Assam Mental Hospital (Tezpur, India) - 1933-1948
Year: 1933
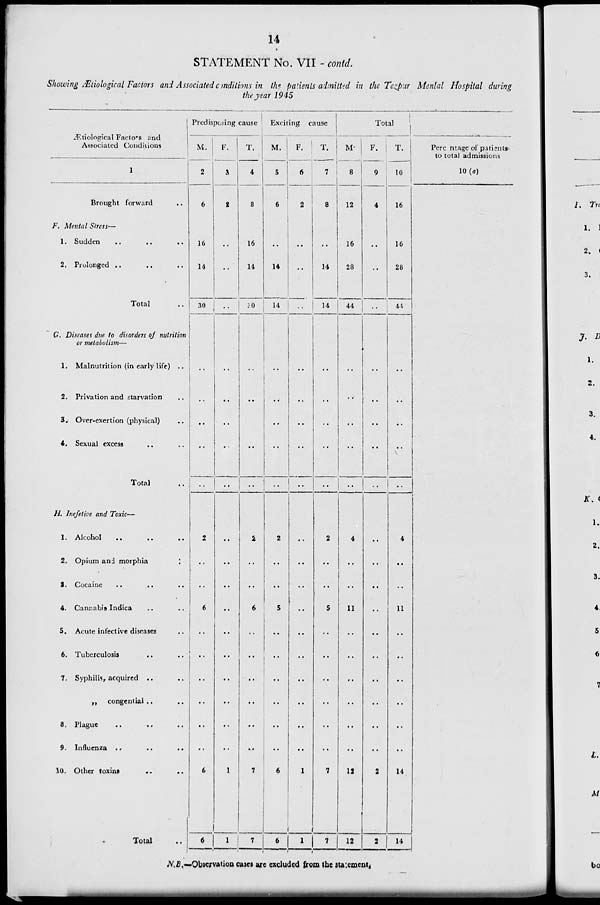
14
STATEMENT No. VII - contd.
Showing Ætiological Factors and Associated conditions in the patients admitted in the Tezpur Mental Hospital during
the year 1945
Æ
F.
G.
H.
Ætiological Factors and
Associated Conditions
Brought forward ..
Mental Stress—
1. Sudden .. .. ..
2. Prolonged .. .. ..
Total ..
Diseases due to disorders of nutrition
or metabolism—
1. Malnutrition (in early life) ..
2. Privation and starvation ..
3. Over-exertion (physical) ..
4. Sexual excess .. ..
Total ..
Inefetive and Toxic—
1. Alcohol
..
..
..
2. Opium and morphia ..
3. Cocaine .. .. ..
4. Cannabis Indica .. ..
5. Acute infective diseases ..
6. Tuberculosis .. ..
7. Syphilis, acquired .. ..
„
congential .. ..
8. Plague .. .. ..
9. Influenza .. .. ..
10. Other toxins .. ..
Total ..
Predisposing cause
M.
2
6
16
14
30
..
..
..
..
..
2
..
..
6
..
..
..
..
..
..
6
6
F.
3
2
..
..
..
..
..
..
..
..
..
..
..
..
..
..
..
..
..
..
1
1
T.
4
8
16
14
30
..
..
..
..
..
2
..
..
6
..
..
..
..
..
..
7
7
Exciting cause
M.
5
6
..
14
14
..
..
..
..
..
2
..
..
5
..
..
..
..
..
..
6
6
F.
6
2
..
..
..
..
..
..
..
..
..
..
..
..
..
..
..
..
..
1
1
T.
7
8
..
14
14
..
..
..
..
..
2
..
..
5
..
..
..
..
..
..
7
7
Total
M.
8
12
16
28
44
..
..
..
..
..
4
..
..
11
..
..
..
..
..
..
12
12
F.
9
4
..
..
..
..
..
..
..
..
..
..
..
..
..
..
..
..
..
..
2
2
T.
10
16
16
28
44
..
..
..
..
..
4
..
..
11
..
..
..
..
..
..
14
14
Percentage of patients-
to total admissions
10(a)
N.B.—Observation cases are excluded from the statement.